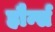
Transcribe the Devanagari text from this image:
हौर्न्स